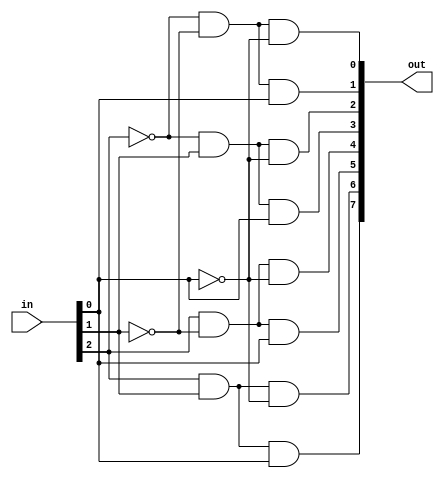
//           _________________
//          |                 |
//          |        D        |---I0
//      a---|        E        |---I1
//          |        C        |---I2
//      b---|        o        |---I3
//          |        D        |---I4
//      c---|        E        |---I5
//          |        R        |---I6
//          |                 |---I7
//          |_________________|
//


module decoder3to8 (in,out);
    input [2:0] in;
    output [7:0] out;

    wire [7:0] out;

    assign out[0] = (~in[2])&(~in[1])&(~in[0]);
    assign out[1] = (~in[2])&(~in[1])&(in[0]);
    assign out[2] = (~in[2])&(in[1])&(~in[0]);
    assign out[3] = (~in[2])&(in[1])&(in[0]);
    assign out[4] = (in[2])&(~in[1])&(~in[0]);
    assign out[5] = (in[2])&(~in[1])&(in[0]);
    assign out[6] = (in[2])&(in[1])&(~in[0]);
    assign out[7] = (in[2])&(in[1])&(in[0]);
    
endmodule